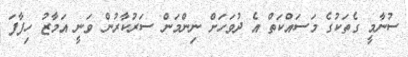
ސުނާމީ ގެތަކުގެ މަސައްކަތް އެ ދުވަހަށް ނިންމަން ސަރުކާރުން ވަނީ އަމާޒު ހިފާފަ